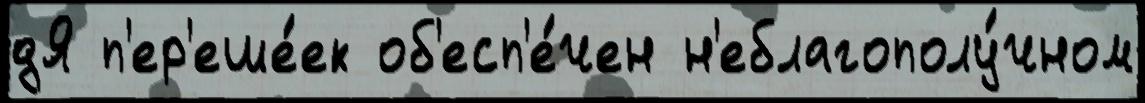
дЯ п'ер'еше́ек об'есп'е́чен н'еблагополу́чном